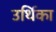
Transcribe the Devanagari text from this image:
उर्थिका